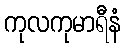
ကုလကုမာရီနံ